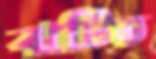
ঝটিত